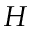
H